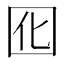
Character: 囮